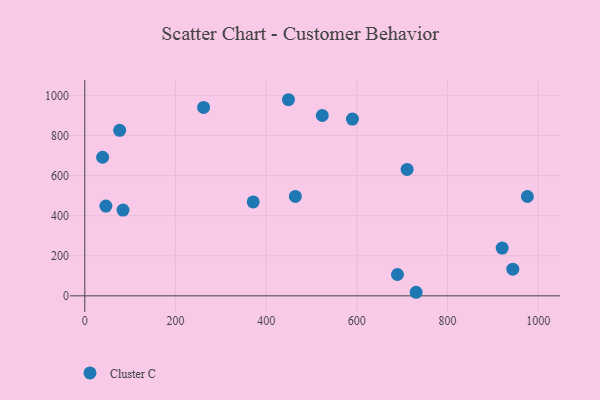
{"axis": {"x": "Distance", "y": "Exam Score"}, "legend": ["Cluster C"], "data": [{"x": "523.8", "y": 899.4, "type": "Cluster C"}, {"x": "371.4", "y": 468.3, "type": "Cluster C"}, {"x": "590.3", "y": 881.6, "type": "Cluster C"}, {"x": "944.1", "y": 133.0, "type": "Cluster C"}, {"x": "464.4", "y": 495.9, "type": "Cluster C"}, {"x": "976.2", "y": 495.5, "type": "Cluster C"}, {"x": "76.9", "y": 825.6, "type": "Cluster C"}, {"x": "920.6", "y": 238.1, "type": "Cluster C"}, {"x": "46.5", "y": 447.9, "type": "Cluster C"}, {"x": "84.3", "y": 427.9, "type": "Cluster C"}, {"x": "262.0", "y": 939.9, "type": "Cluster C"}, {"x": "730.8", "y": 17.8, "type": "Cluster C"}, {"x": "39.3", "y": 691.1, "type": "Cluster C"}, {"x": "689.6", "y": 106.4, "type": "Cluster C"}, {"x": "449.2", "y": 978.1, "type": "Cluster C"}, {"x": "710.9", "y": 630.3, "type": "Cluster C"}]}